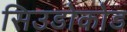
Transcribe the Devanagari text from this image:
सिउडोकोड